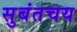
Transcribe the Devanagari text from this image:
सुबंतचय